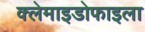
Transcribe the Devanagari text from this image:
क्लेमाइडोफाइला